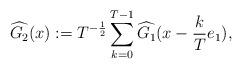
LaTeX: \begin{align*}\widehat{G_{2}}(x) := T^{-\frac{1}{2}} \sum^{T-1}_{k=0} \widehat{G_{1}}(x-\frac{k}{T}e_{1}),\end{align*}